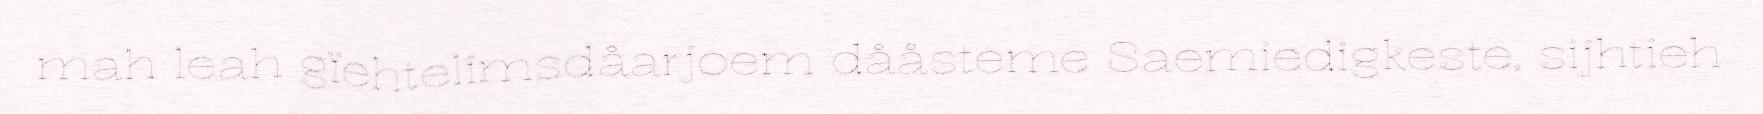
mah leah gïehtelimsdåarjoem dååsteme Saemiedigkeste, sijhtieh